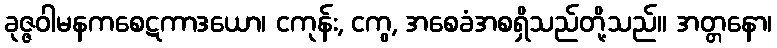
ခုဇ္ဇဝါမနကစေဋကာဒယော၊ ငကုန်း, ငကွ, အစေခံအစရှိသည်တို့သည်။ အတ္တနော၊